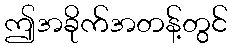
ဤအခိုက်အတန့်တွင်